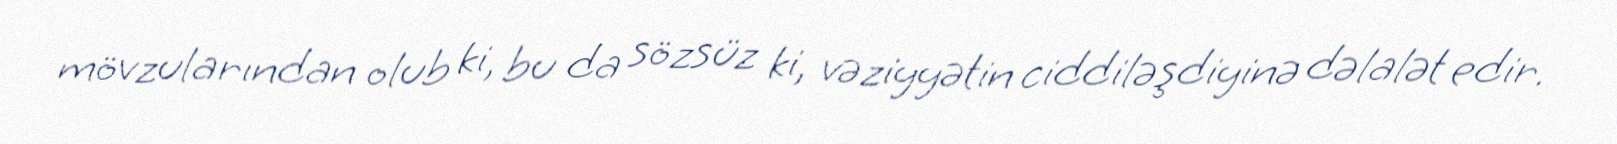
mövzularından olub ki, bu da sözsüz ki, vəziyyətin ciddiləşdiyinə dəlalət edir.